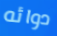
دوائه